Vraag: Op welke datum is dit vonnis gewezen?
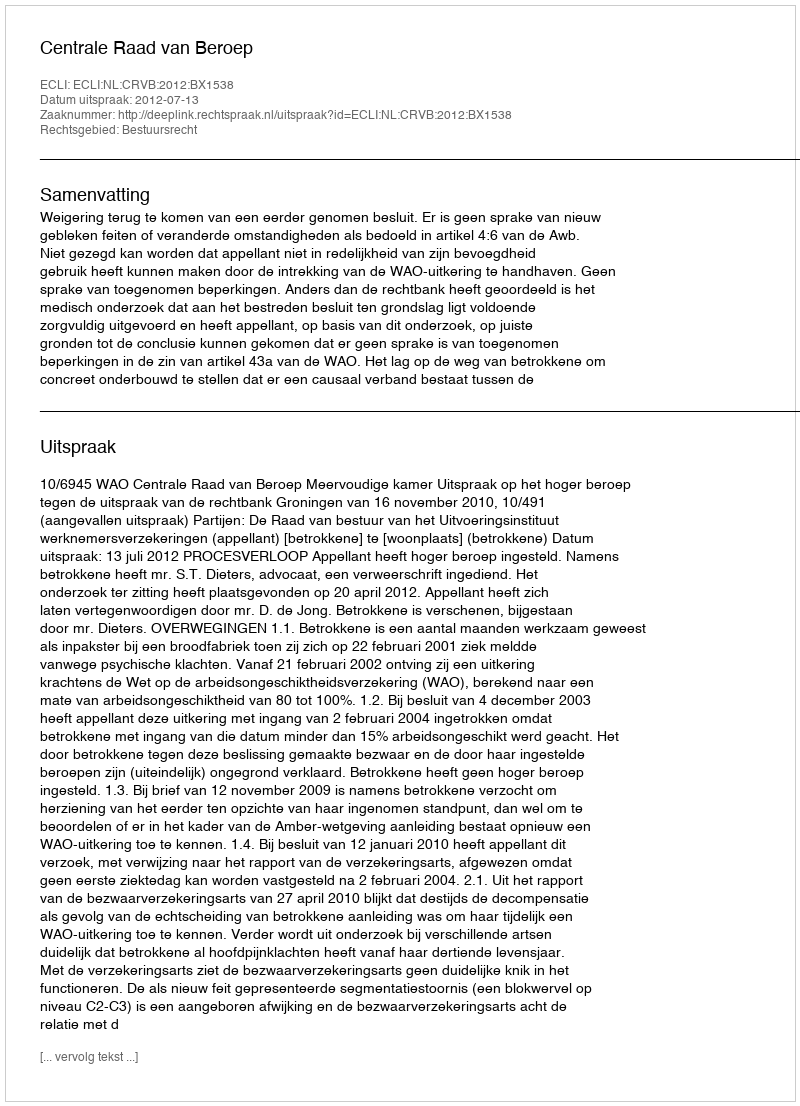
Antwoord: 2012-07-13